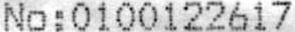
NO: 0100122617